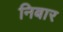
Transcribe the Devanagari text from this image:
निबार